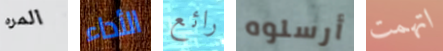
المره الأداء رائع أرسلوه اتهمت